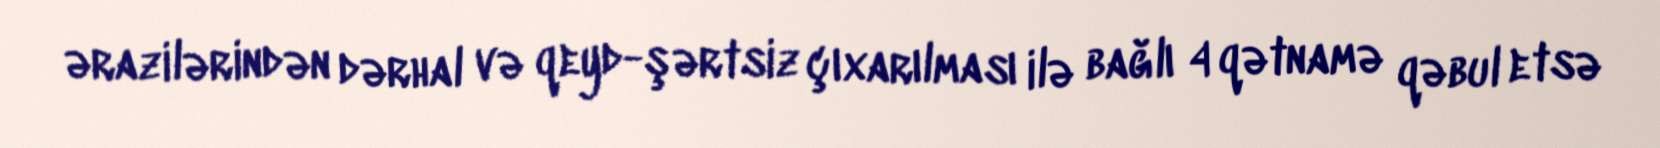
ərazilərindən dərhal və qeyd-şərtsiz çıxarılması ilə bağlı 4 qətnamə qəbul etsə